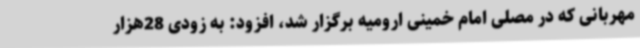
مهربانی که در مصلی امام خمینی ارومیه برگزار شد، افزود: به زودی 28هزار